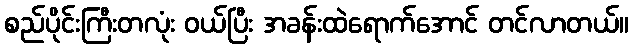
စည်ပိုင်းကြီးတလုံး ဝယ်ပြီး အခန်းထဲရောက်အောင် တင်လာတယ်။